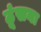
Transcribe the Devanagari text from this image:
ठूंसना